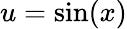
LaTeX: u=\sin(x)